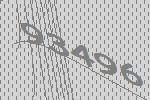
93496